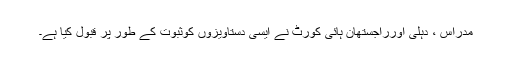
مدراس ، دہلی اورراجستھان ہائی کورٹ نے ایسی دستاویزوں کوثبوت کے طور پر قبول کیا ہے۔